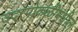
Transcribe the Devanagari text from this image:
उदरपोकळीमधील